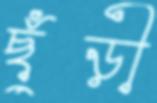
ছুঁড়ী